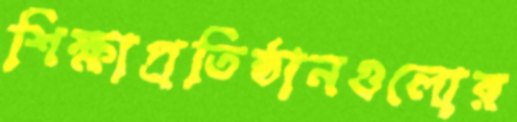
শিক্ষাপ্রতিষ্ঠানগুলোর